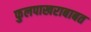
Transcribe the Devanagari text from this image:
फुलपाखराबाबत